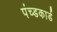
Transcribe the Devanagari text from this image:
पंच्डकार्ड